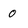
Character: 0